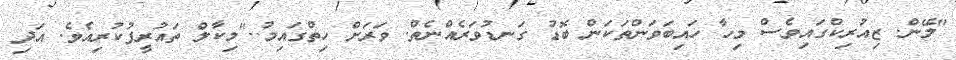
"މޭން. ޒިއުރިކްގައިވެސް މިހާ ހައިބަވަންތަކަން ބޮޑު ގަނޑުވަރެއްނެތް. ވަރަށް ހިތްގައިމު.."މިކާލް ތައުރީފުކުރިއެވެ. އަދި